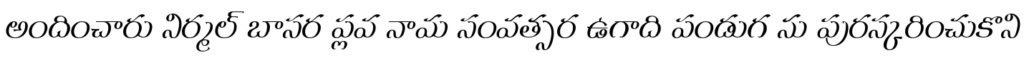
అందించారు నిర్మల్ బాసర ప్లవ నామ సంవత్సర ఉగాది పండుగ ను పురస్కరించుకొని